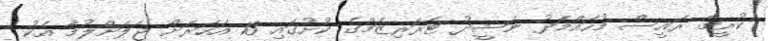
ކުރީގެ ރައީސް މުހައްމަދު ނަޝީދު ޓެރަރިޒަމްގެ ކުށުގައި 13 އަހަރަށް ޖަލަށްލުމާ އެކު